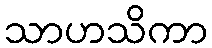
သာဟသိကာ